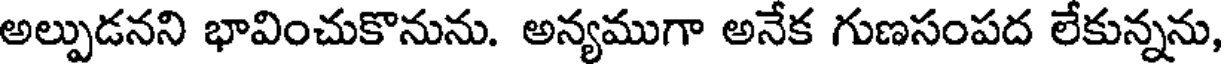
అల్పుడనని భావించుకొనును. అన్యముగా అనేక గుణసంపద లేకున్నను,